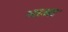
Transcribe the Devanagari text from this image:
भाओ